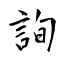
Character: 詢